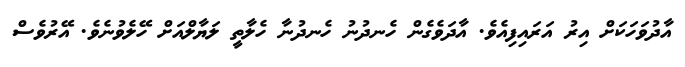
އާދުވަހަކަށް އިރު އަރައިފިއެވެ. އާދަވެގެން ހެނދުނު ހެނދުނާ ހެލާތީ ލަޔާލްއަށް ހޭލެވުނެވެ. އޭރުވެސް